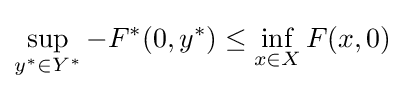
\sup _{y^{*}\in Y^{*}}-F^{*}(0,y^{*})\leq \inf _{x\in X}F(x,0)